Rangoon Lunatic Asylum 1878-1892 - 1878-1892
Year: 1878
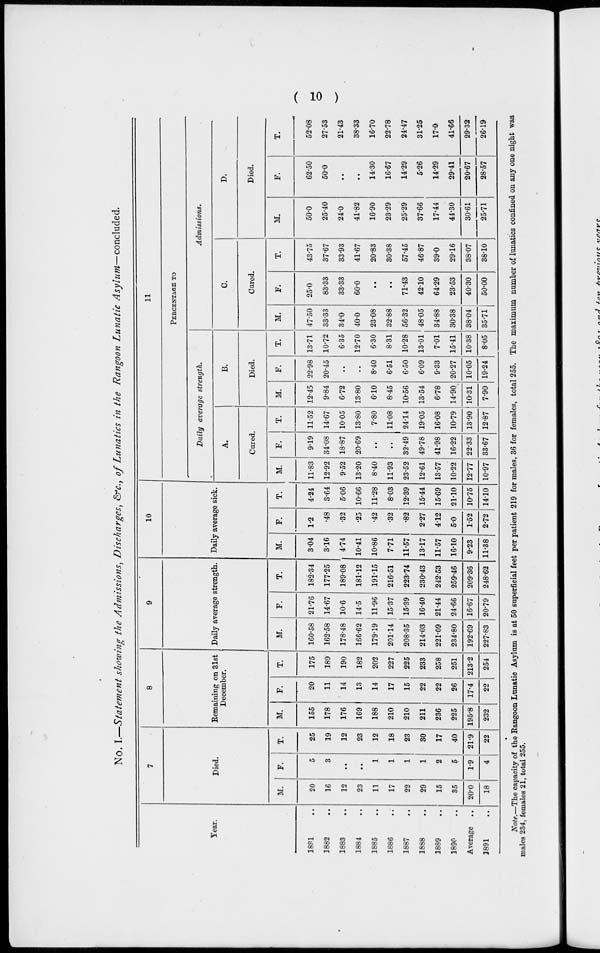
( 10 )
No. I.—Statement showing the Admissions, Discharges, &c., of Lunatics in the Rangoon Lunatic Asylum—concluded.
Year.
1881 ..
1882 ..
1883 ..
1884 ..
1885 ..
1886 ..
1887 ..
1888 ..
1889 ..
1890 ..
Average ..
1891 ..
7
Died.
M.
20
16
12
23
11
17
22
29
15
35
20.0
18
F.
5
3
..
..
1
1
1
1
2
5
1.9
4
T.
25
19
12
23
12
18
23
30
17
40
21.9
22
8
Remaining on 31st
December.
M.
155
178
176
169
188
210
210
211
236
225
195.8
232
F.
20
11
14
13
14
17
15
22
22
26
17.4
22
T.
175
189
190
182
202
227
225
233
258
251
213.2
254
9
Daily average strength.
M.
160.58
162.58
178.48
166.62
179.19
201.14
208.35
214.03
221.09
234.80
192.69
227.83
F.
21.76
14.67
10.6
14.5
11.96
15.37
15.39
16.40
21.44
24.66
16.67
20.79
T.
182.34
177.25
189.08
181.12
191.15
216.51
223.74
230.43
242.53
259.46
209.36
248.62
10
Daily average sick.
M.
3.04
3.16
4.74
10.41
10.86
7.71
11.57
13.17
11.57
16.10
9.23
11.38
F.
1.2
.48
.32
.25
.42
.32
.82
2.27
4.12
5.0
1.52
2.72
T.
4.24
3.64
5.06
10.66
11.28
8.03
12.39
15.44
15.69
21.10
10.75
14.10
11
PERCENTAGE TO
Daily average strength.
A.
Cured.
M.
11.83
12.92
9.52
13.20
8.40
11.93
23.52
12.61
13.57
10.22
12.77
10.97
F.
9.19
34.08
18.87
20.69
..
..
32.49
49.78
41.98
16.22
22.33
33.67
T.
11.52
14.67
10.05
13.80
7.80
11.08
24.14
19.05
16.08
10.79
13.90
12.87
B.
Died.
M.
12.45
9.84
6.72
13.80
6.10
8.45
10.56
13.54
6.78
14.90
10.31
7.90
F.
22.98
20.45
..
..
8.40
6.51
6.50
6.09
9.33
20.27
10.05
19.24
T.
13.71
10.72
6.35
12.70
6.30
8.31
10.28
13.01
7.01
15.41
10.38
8.05
Admissions.
C.
Cured.
M.
47.50
33.33
34.0
40.0
23.08
32.88
56.32
48.05
34.88
30.38
38.04
35.71
F.
25.0
83.33
33.33
60.0
..
..
71.43
42.10
64.29
23.53
40.30
50.00
T.
43.75
37.67
33.93
41.67
20.83
30.38
57.45
46.87
39.0
29.16
38.07
38.10
D.
Died.
M.
50.0
25.40
24.0
41.82
16.90
23.29
25.29
37.66
17.44
44.30
30.61
25.71
F.
62.50
50.0
..
..
14.30
16.67
14.29
5.26
14.29
29.41
20.67
28.57
T.
52.08
27.53
21.43
38.33
16.70
22.78
24.47
31.25
17.0
41.66
29.32
26.19
Note.—The capacity of the Rangoon Lunatic Asylum is at 50 superficial feet per patient 219 for males, 36 for females, total 255. The maximum number of lunatics confined on any one night was
males 234, females 21, total 255.